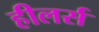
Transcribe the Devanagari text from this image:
हीलर्स